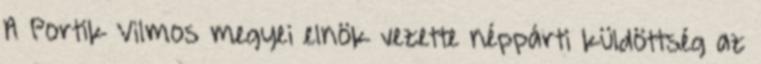
A Portik Vilmos megyei elnök vezette néppárti küldöttség az